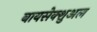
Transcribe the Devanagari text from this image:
बायसेक्शुअल